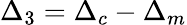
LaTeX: {\Delta_{3}}={\Delta_{c}}-{\Delta_{m}}